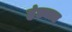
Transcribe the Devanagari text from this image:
हंड्यात